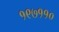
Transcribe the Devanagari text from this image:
१९७११०